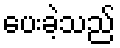
ပေးခဲ့သည်